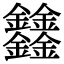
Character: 𨰻